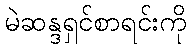
မဲဆန္ဒရှင်စာရင်းကို